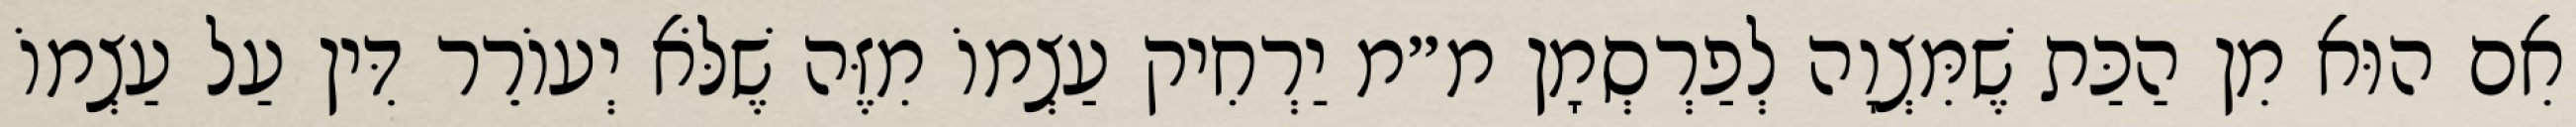
אִם הוּא מִן הַכַּת שֶׁמִּצְוָה לְפַרְסְמָן מ״מ יַרְחִיק עַצְמוֹ מִזֶּה שֶׁלֹּא יְעוֹרֵר דִּין עַל עַצְמוֹ